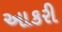
આકરી